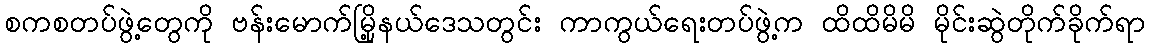
စကစတပ်ဖွဲ့တွေကို ဗန်းမောက်မြို့နယ်ဒေသတွင်း ကာကွယ်ရေးတပ်ဖွဲ့က ထိထိမိမိ မိုင်းဆွဲတိုက်ခိုက်ရာ